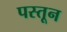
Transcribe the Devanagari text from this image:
पस्तून